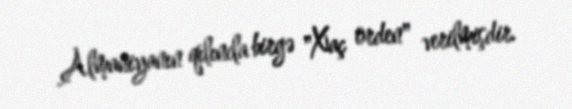
Almaniyanın qılıncla birgə "Xaç orden" verilmişdir.